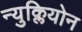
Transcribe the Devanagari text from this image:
न्युक्लियोन